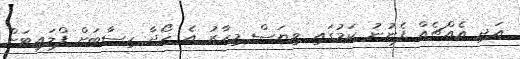
އަދި އެއްޗެއް ފެނުނު ކަމުގައި ވިޔަސް މިހާރު އެ ހޯދާ ހިސާބަށް ފްލައިޓަށް